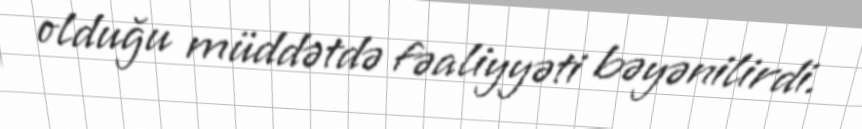
olduğu müddətdə fəaliyyəti bəyənilirdi.